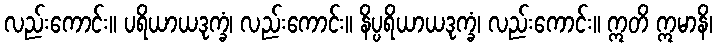
လည်းကောင်း။ ပရိယာယဒုက္ခံ၊ လည်းကောင်း။ နိပ္ပရိယာယဒုက္ခံ၊ လည်းကောင်း။ ဣတိ ဣမာနိ၊